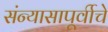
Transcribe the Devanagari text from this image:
संन्यासापूर्वीचे